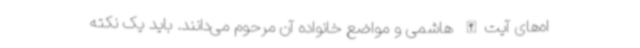
اه‌های آیت‌الله هاشمی و مواضع خانواده آن مرحوم می‌دانند. باید یک نکته